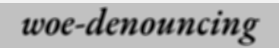
woe-denouncing